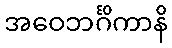
အဝေဘင်္ဂိကာနိ